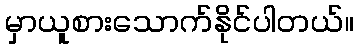
မှာယူစားသောက်နိုင်ပါတယ်။